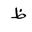
Letter: _za